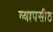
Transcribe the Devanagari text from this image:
व्यापसीठ